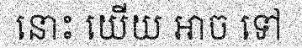
នោះ យើយ អាច ទៅ